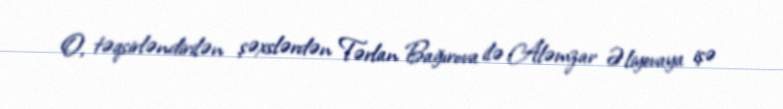
O, təqsirləndirilən şəxslərdən Tərlan Bağırova ilə Aləmzar Əliyevaya işə